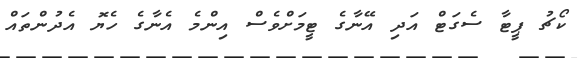
ކޯޗު ޕީޓާ ސެގަޓް އަދި އޭނާގެ ޓީމަށްވެސް އިންމެ އެނާގެ ހެޔޮ އެދުންތައް